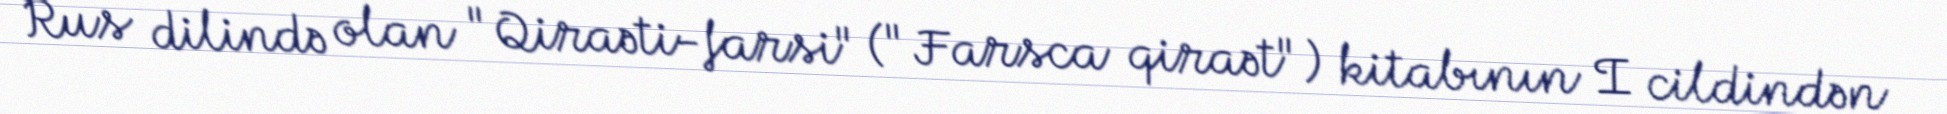
Rus dilində olan "Qiraəti-farsi" ("Farsca qiraət") kitabının I cildindən